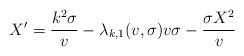
LaTeX: \begin{align*}X' = \frac{k^2 \sigma}{v} - \lambda_{k,1}(v,\sigma) v \sigma - \frac {\sigma X^2}{v}\end{align*}